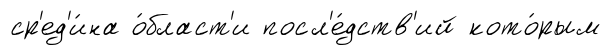
ср'ед'и́на о́бласт'и посл'е́дств'ий кото́рым